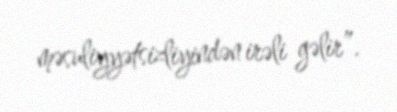
məsuliyyətsizliyindən irəli gəlir”.